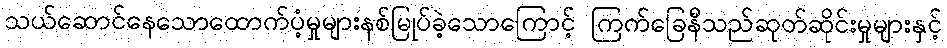
သယ်ဆောင်နေသောထောက်ပံ့မှုများနစ်မြုပ်ခဲ့သောကြောင့် ကြက်ခြေနီသည်ဆုတ်ဆိုင်းမှုများနှင့်